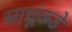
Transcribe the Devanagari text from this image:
साधूंकडे